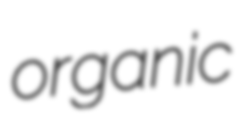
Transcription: organic